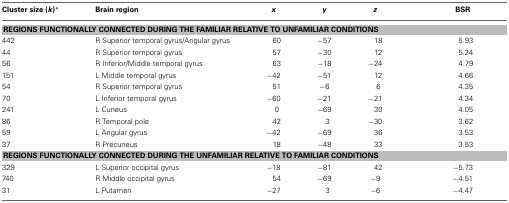
| Cluster size (k)* | Brain region | x | y | z | BSR |
 | --- | --- | --- | --- | --- | --- |
 | <COLSPAN=6> REGIONS FUNCTIONALLY CONNECTED DURING THE FAMILIAR RELATIVE TO UNFAMILIAR CONDITIONS |
 | 442 | R Superior temporal gyrus/Angular gyrus | 60 | −57 | 18 | 5.93 |
 | 44 | R Superior temporal gyrus | 57 | −30 | 12 | 5.24 |
 | 56 | R Inferior/Middle temporal gyrus | 63 | −18 | −24 | 4.79 |
 | 151 | L Middle temporal gyrus | −42 | −51 | 12 | 4.66 |
 | 54 | R Superior temporal gyrus | 51 | −6 | 6 | 4.35 |
 | 70 | L Inferior temporal gyrus | −60 | −21 | −21 | 4.34 |
 | 241 | L Cuneus | 0 | −69 | 30 | 4.05 |
 | 86 | R Temporal pole | 42 | 3 | −30 | 3.62 |
 | 59 | L Angular gyrus | −42 | −69 | 36 | 3.53 |
 | 37 | R Precuneus | 18 | −48 | 33 | 3.53 |
 | <COLSPAN=6> REGIONS FUNCTIONALLY CONNECTED DURING THE UNFAMILIAR RELATIVE TO FAMILIAR CONDITIONS |
 | 329 | L Superior occipital gyrus | −18 | −81 | 42 | −5.73 |
 | 740 | R Middle occipital gyrus | 54 | −69 | −9 | −4.51 |
 | 31 | L Putamen | −27 | 3 | −6 | −4.47 |